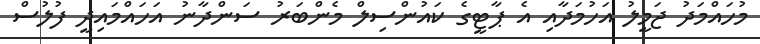
މުހައްމަދު ޖަމީލު އަހުމަދާއި އެ ޕާޓީގެ ކައުންސިލް މެންބަރު ސަންދާނު އަހައްމައިދީ ފުލުސް